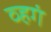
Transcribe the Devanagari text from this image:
व्हगं